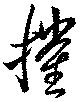
摧